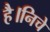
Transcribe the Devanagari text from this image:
है।निचे